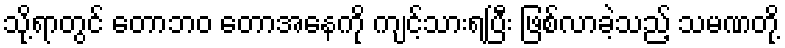
သို့ရာတွင် တောဘဝ တောအနေကို ကျင့်သားရပြီး ဖြစ်လာခဲ့သည့် သမဏတို့